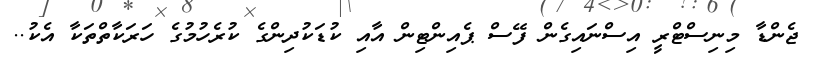
ޖެންޑާ މިނިސްޓްރީ އިސްނައިގެން ފޭސް ޕެއިންޓިން އާއި ކުޑަކުދިންގެ ކުރެހުމުގެ ހަރަކާތްތަކާ އެކު..